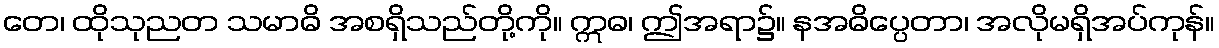
တေ၊ ထိုသုညတ သမာဓိ အစရှိသည်တို့ကို။ ဣဓ၊ ဤအရာ၌။ နအဓိပ္ပေတာ၊ အလိုမရှိအပ်ကုန်။